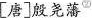
[唐]殷尧藩^{②}